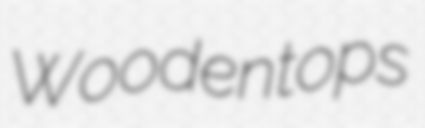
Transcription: Woodentops